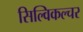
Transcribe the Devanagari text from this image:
सिल्विकल्चर